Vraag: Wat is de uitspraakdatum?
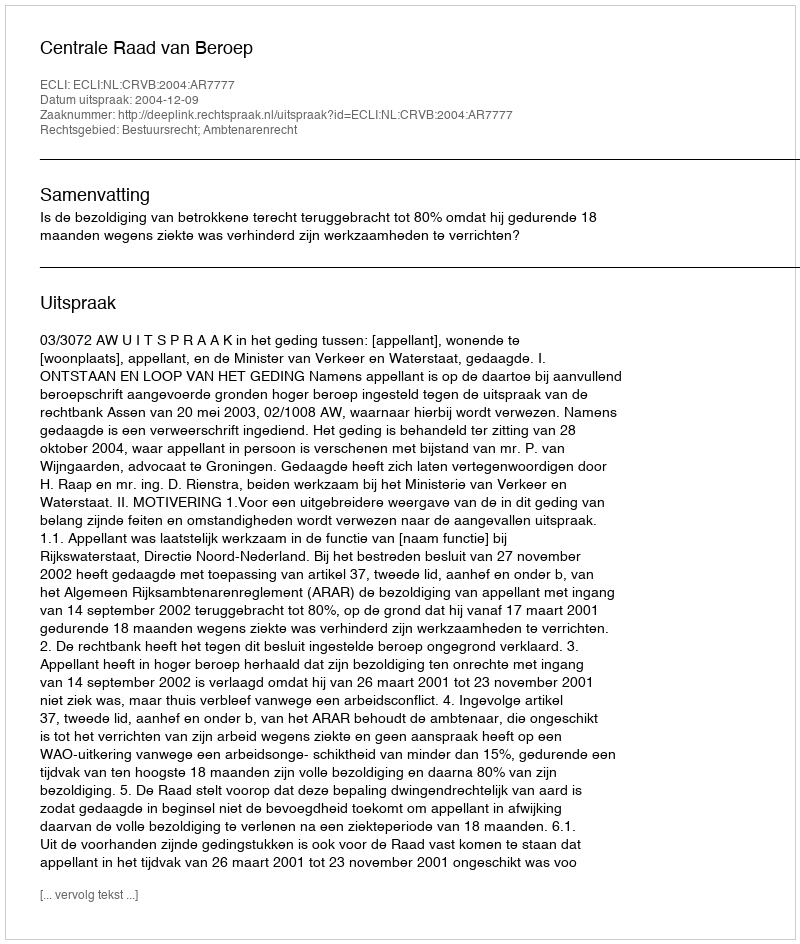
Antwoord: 2004-12-09